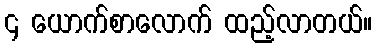
၄ ယောက်စာလောက် ထည့်လာတယ်။